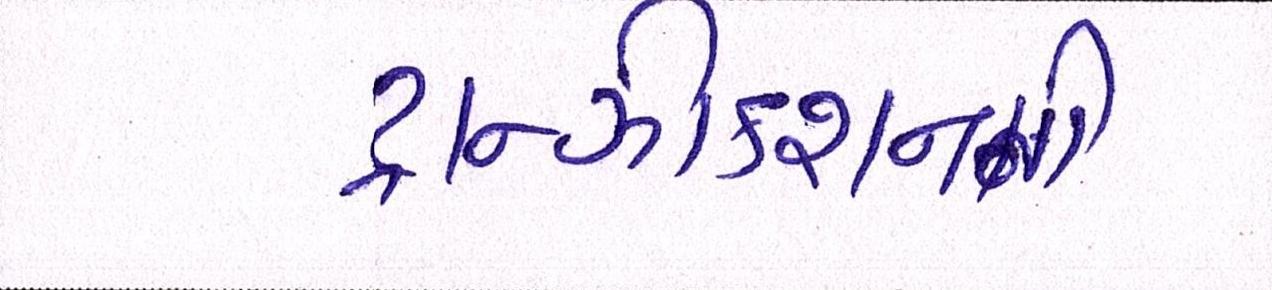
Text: ટ્રાન્ઝીકશનની